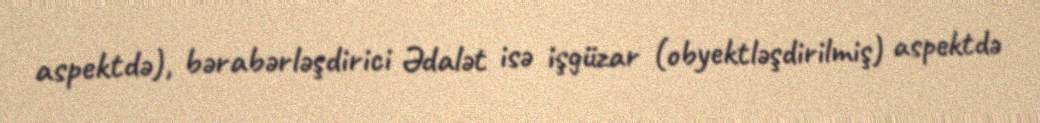
aspektdə), bərabərləşdirici Ədalət isə işgüzar (obyektləşdirilmiş) aspektdə